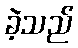
ခဲ့သည်